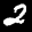
Label: 2